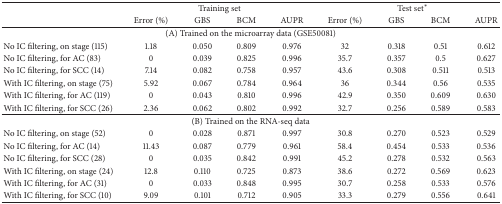
|  | <COLSPAN=4> Training set | <COLSPAN=4> Test set∗ |
 |  | Error (%) | GBS | BCM | AUPR | Error (%) | GBS | BCM | AUPR |
 | --- | --- | --- | --- | --- | --- | --- | --- | --- |
 | <COLSPAN=9> (A) Trained on the microarray data (GSE50081) |
 | No IC filtering, on stage (115) | 1.18 | 0.050 | 0.809 | 0.976 | 32 | 0.318 | 0.51 | 0.612 |
 | No IC filtering, for AC (83) | 0 | 0.039 | 0.825 | 0.996 | 35.7 | 0.357 | 0.5 | 0.627 |
 | No IC filtering, for SCC (14) | 7.14 | 0.082 | 0.758 | 0.957 | 43.6 | 0.308 | 0.511 | 0.513 |
 | With IC filtering, on stage (75) | 5.92 | 0.067 | 0.784 | 0.964 | 36 | 0.344 | 0.56 | 0.535 |
 | With IC filtering, for AC (119) | 0 | 0.043 | 0.810 | 0.996 | 42.9 | 0.350 | 0.609 | 0.630 |
 | With IC filtering, for SCC (26) | 2.36 | 0.062 | 0.802 | 0.992 | 32.7 | 0.256 | 0.589 | 0.583 |
 | <COLSPAN=9> (B) Trained on the RNA-seq data |
 | No IC filtering, on stage (52) | 0 | 0.028 | 0.871 | 0.997 | 30.8 | 0.270 | 0.523 | 0.529 |
 | No IC filtering, for AC (14) | 11.43 | 0.087 | 0.779 | 0.961 | 58.4 | 0.454 | 0.533 | 0.536 |
 | No IC filtering, for SCC (28) | 0 | 0.035 | 0.842 | 0.991 | 45.2 | 0.278 | 0.532 | 0.563 |
 | With IC filtering, on stage (24) | 12.8 | 0.110 | 0.725 | 0.873 | 38.6 | 0.272 | 0.569 | 0.623 |
 | With IC filtering, for AC (31) | 0 | 0.033 | 0.848 | 0.995 | 30.7 | 0.258 | 0.533 | 0.576 |
 | With IC filtering, for SCC (10) | 9.09 | 0.101 | 0.712 | 0.905 | 33.3 | 0.279 | 0.556 | 0.641 |